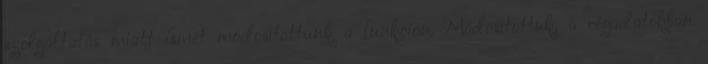
szolgáltatás miatt ismét módosítottunk a funkción. Módosítottuk, a cégadatokban